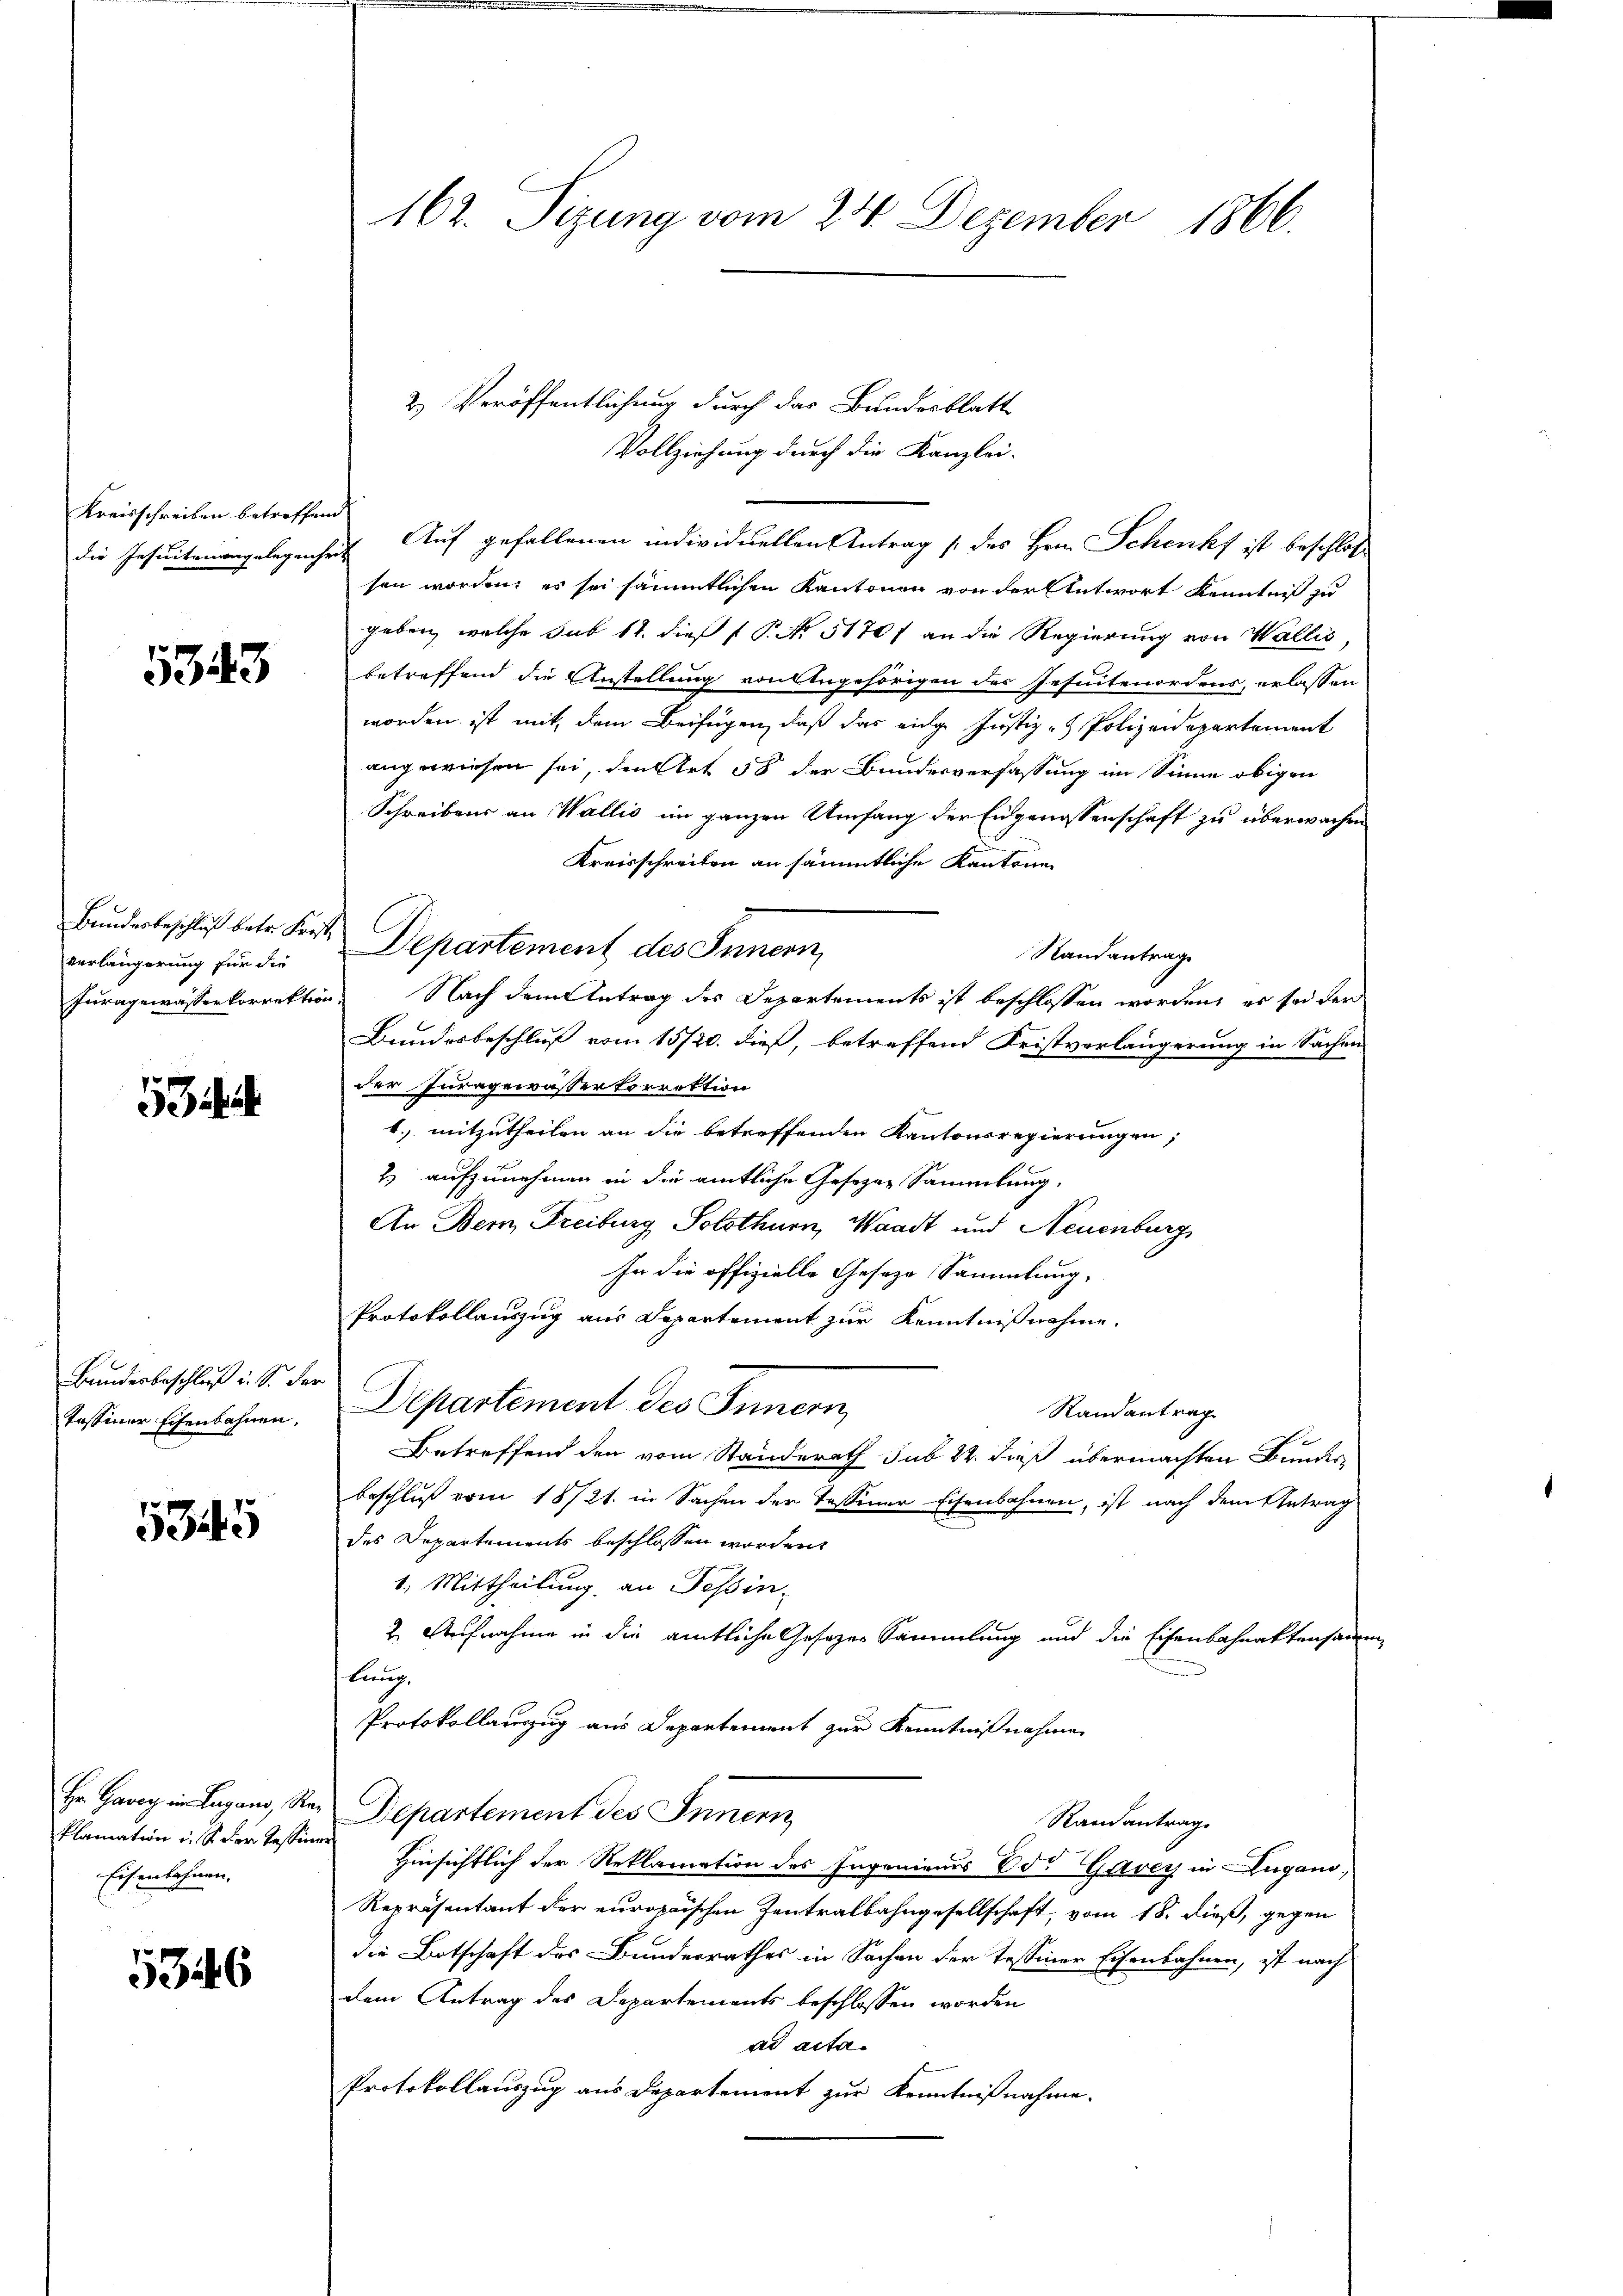
Kreisschreiben betreffend

5343

Bundesbeschluß betr. Kresti
verlängerung für die

534.

Bundesbeschluß u. S. der

5345

klamation in der Tessiner
Eisenbahnen.

5346

162. Sizung vom 24. Dezember 1866.

die Jesuiteningelegenheit Auf gefallenen individuellen Antrag (des Hrn. Schenkt ist beschlos
sen worden, es sei sämmtlichen Kantonen von der Antwort Kenntniß zu
geben, welche sub 14. dieß P. Nr. 51701 an die Regierung von Wallis,
betreffend die Anstellung von Angehörigen des Gesuntenordens, erlassen
worden ist mit dem Beifügen, daß das eidge Justiz - Polizeidepartement
angewiesen sei, den Art 58 der Bundesverfassung im Sinne obigen
Schreibens an Wallis im ganzen Umfang der Eidgenossenschaft zu überwachen
Kreisschreiten an sämmtliche Kantone
Departement des Innern,
Standantrage
Juragewässerkorrektion. Nach dem Antrag des Departements ist beschlossen worden, es sei der
Bundesbeschluß vom 15/20. dieß, betreffend Fristverlängerung in Sachen
der Juragewässerkorrektion
b) mitzutheilen an die betreffenden Kantonsregierungen,
2.) aufzunehmen in die amtliche Gesezen Sammlung.
An Bern, Freiburg Solothurn, Waadt und Neuenburg
In die offizielle Geseze Sammlung,
Protokollauszug aus Departement zur Kenntnißnahme.
Randantrag
Pessiner Eisenbahnen. Departement des Innern
Betreffend den vom Standerath sub 22. dieß übermachten Bundesbeschluß vom 18/21. in Sachen der Tessiner Eisenbahnen, ist nach dem Antrag
des Departements beschlossen worden.
1. Mittheilung an Tessin,
2. Aufnahme in die amtliche Gesezen Sammlung und die Eisenbahnaktensam
bung.
Protokollauszug aus Departement zur Kenntnißnahme
Hr. Gang in Lugano, Se. Departement des Innern
Randantrag.
Hinsichtlich der Reklamation des Ingenieurs Ed. Garey in Lugano,
Repräsentant der europaischen Zentralbahngesellschaft, vom 18. dieß, gegen
die Botschaft des Bundesrathes in Sachen der Tessiner Eisenbahnen, ist nach
dem Antrag des Departements beschlossen worden
ad acta.
Protokollauszug aus Departement zur Kenntnißnahme

2) Veröffentlichung durch das Bundesblatt
Vollziehung durch die Kanzlei-